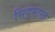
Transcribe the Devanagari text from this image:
सिद्भान्त